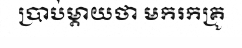
ប្រាប់ម្តាយថា មករកគ្រូ